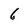
Character: 6